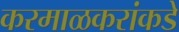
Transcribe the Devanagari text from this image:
करमाळकरांकडे